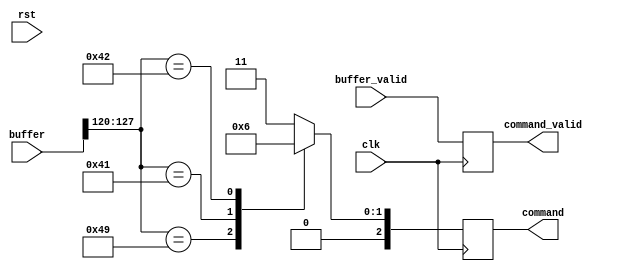
`ifndef _include_intro_command_
`define _include_intro_command_

`define INTRO_ENTER_CPU     3'b000
`define INTRO_ENTER_ALU     3'b001
`define INTRO_ENTER_BENCH   3'b010
`define INTRO_PRINT_INVALID 3'b011

module IntroCommand (
        input wire [127:0] buffer,
        input wire         buffer_valid,

        output reg [2:0] command,
        output reg       command_valid,

        input wire clk,
        input wire rst
    );

    always @(posedge clk) begin
        case (buffer[127:120])
            "I": command <= `INTRO_ENTER_CPU;
            "A": command <= `INTRO_ENTER_ALU;
            "B": command <= `INTRO_ENTER_BENCH;
            default: command <= `INTRO_PRINT_INVALID;
        endcase
        
        command_valid <= buffer_valid;
    end

endmodule

`endif // _include_command_